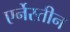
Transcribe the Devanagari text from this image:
एर्नेस्तीन